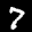
Label: 7